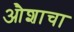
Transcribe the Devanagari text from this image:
औशाचा